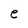
Character: e